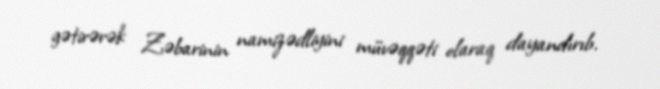
gətirərək Zəbarinin namizədliyini müvəqqəti olaraq dayandırıb.